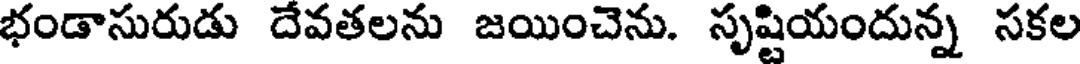
భండాసురుడు దేవతలను జయించెను. సృష్టియందున్న సకల